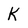
Character: k